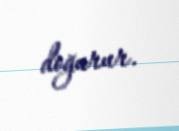
doğurur.